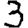
Digit: 3